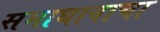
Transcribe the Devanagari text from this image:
समाधानाचा